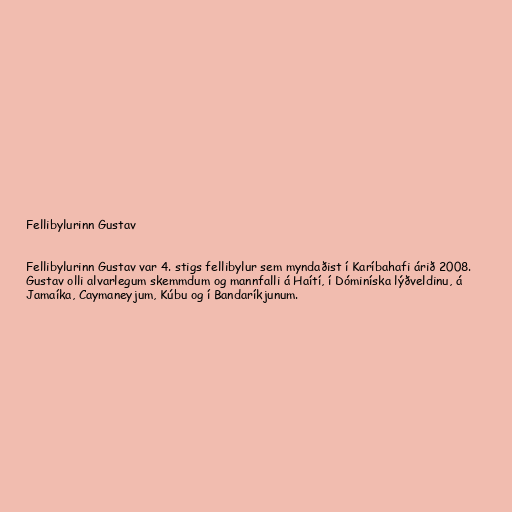
Fellibylurinn Gustav

Fellibylurinn Gustav var 4. stigs fellibylur sem myndaðist í Karíbahafi árið 2008.
Gustav olli alvarlegum skemmdum og mannfalli á Haítí, í Dóminíska lýðveldinu, á
Jamaíka, Caymaneyjum, Kúbu og í Bandaríkjunum.